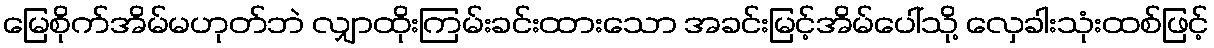
မြေစိုက်အိမ်မဟုတ်ဘဲ လျှာထိုးကြမ်းခင်းထားသော အခင်းမြင့်အိမ်ပေါ်သို့ လှေခါးသုံးထစ်ဖြင့်